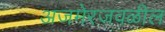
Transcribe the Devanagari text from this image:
अजमेरजवळील